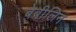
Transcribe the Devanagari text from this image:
बेबीलिन